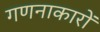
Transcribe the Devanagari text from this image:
गणनाकारों